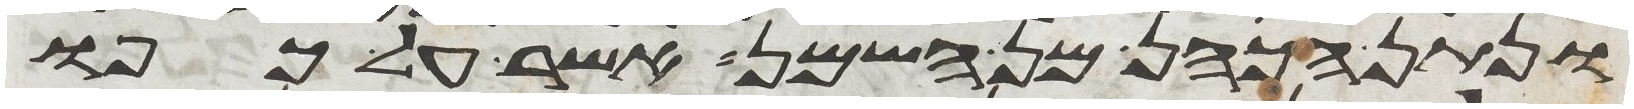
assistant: ונתן הכהן מן השמן אשר על כפו